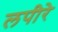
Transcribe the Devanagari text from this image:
लपीरे